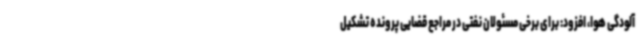
آلودگی هوا، افزود: برای برخی مسئولان نفتی در مراجع قضایی پرونده تشکیل